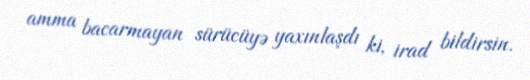
amma bacarmayan sürücüyə yaxınlaşdı ki, irad bildirsin.